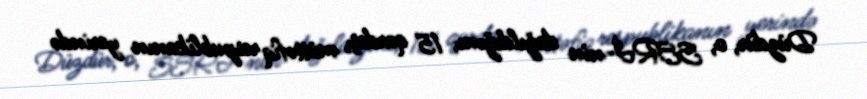
Düzdür, o, SSRİ-nin dağıldığını, 15 qardaş, müttəfiq respublikanın yerində